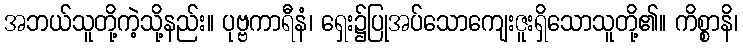
အဘယ်သူတို့ကဲ့သို့နည်း။ ပုဗ္ဗကာရီနံ၊ ရှေး၌ပြုအပ်သောကျေးဇူးရှိသောသူတို့၏။ ကိစ္စာနိ၊